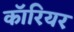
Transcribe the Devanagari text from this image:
कॉरियर